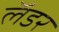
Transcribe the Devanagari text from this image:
लॅडर